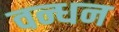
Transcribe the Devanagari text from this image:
वन्धन